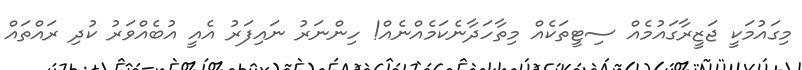
މިގައުމަކީ ޖަޒީރާގައުމެއް ސިޓީތަކެއް މިތާހަދާނެކަމެއްނެއް! ހިންނަރު ނައިފަރު އެއީ އުބެއްވަރު ކުދި ރައްތައް